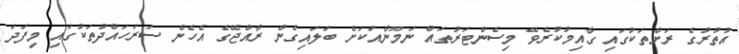
އުތުރުގެ ރަށްތަކުގައި ގާއިމުކުރެވޭ މިސެންޓަރުތައް ނަމޫނާއަކަށް ބަލައިގެން ރާއްޖޭގެ އެހެން ސަރަހައްދުތަކުގައި މިފަދަ